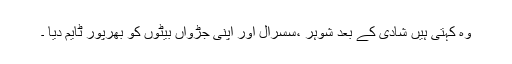
وہ کہتی ہیں شادی کے بعد شوہر ،سسرال اور اپنی جڑواں بیٹوں کو بھرپور ٹایم دیا ۔